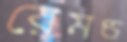
রেমণ্ড